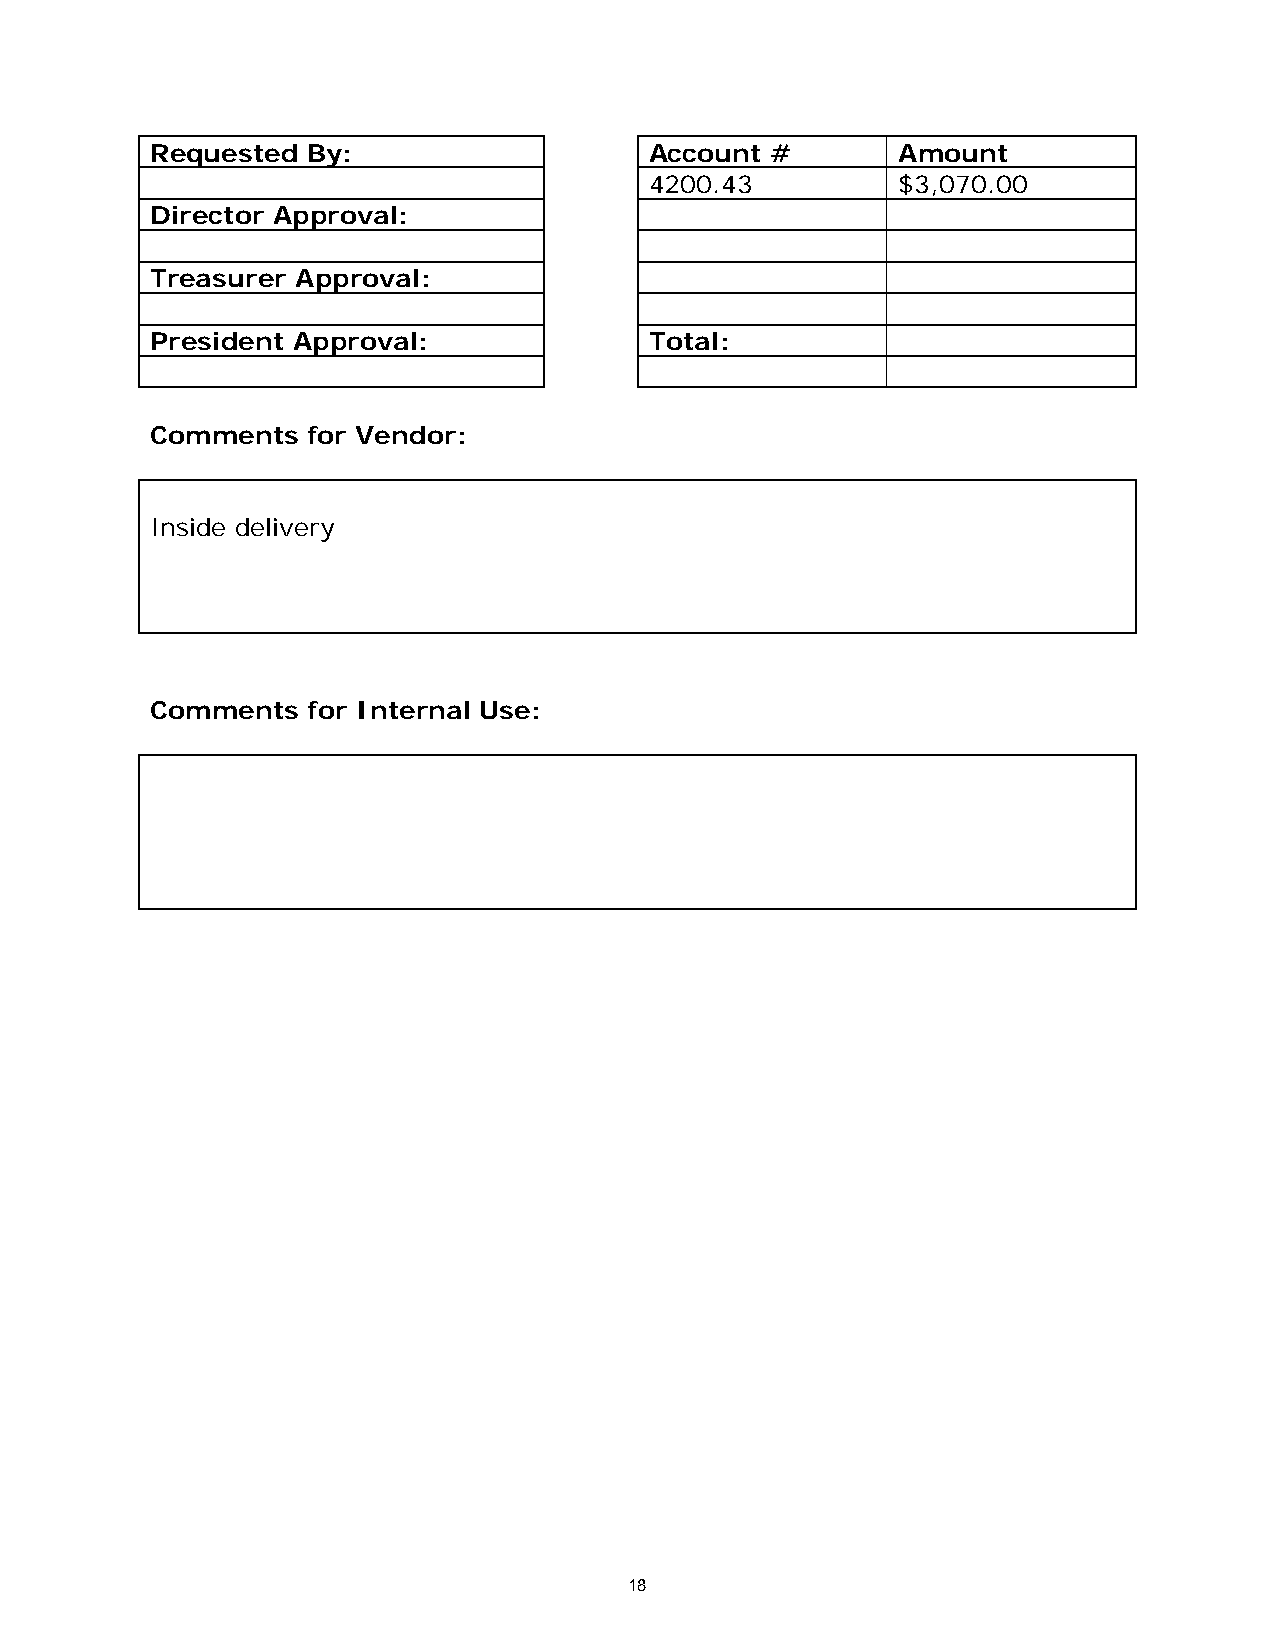
Requested By:                    Account #       Amount
 4200.43         $3,070.00
 Director Approval:
 Treasurer Approval:
 President Approval:              Total:
 Comments  for Vendor:
 Inside delivery
 Comments  for Internal Use:
 18